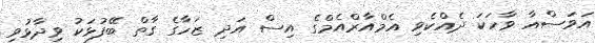
އަވަސްއާ ވާހަކަ ދެއްކެވި އެމްއާރްއެމްގެ އިސް އަދި ޒަހާގެ ގާތް ބޭފުޅަކު ވިދާޅުވި